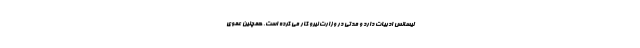
لیسانس ادبیات دارد و مدتی در وزارت نیرو کار می کرده است. همچنین عموی